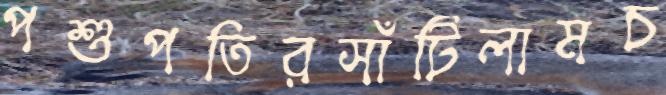
পশুপতিরসাঁটিলামচ